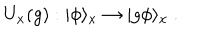
LaTeX: U _ { x } ( g ) : | \phi \rangle _ { x } \to | g \phi \rangle _ { x } ~ .